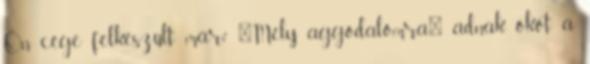
Ön cége felkészült már? "Mély aggodalomra" adnak okot a